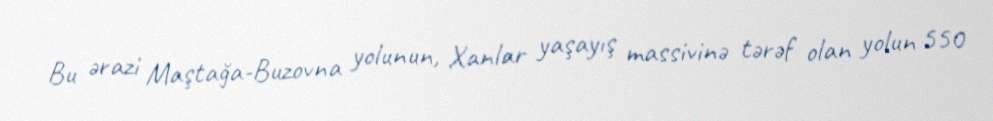
Bu ərazi Maştağa-Buzovna yolunun, Xanlar yaşayış massivinə tərəf olan yolun 550